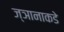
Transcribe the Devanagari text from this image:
ज्ञानाकडे